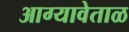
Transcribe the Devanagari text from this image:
आग्यावेताळ